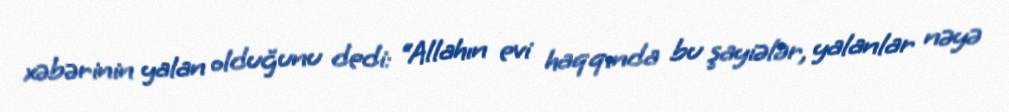
xəbərinin yalan olduğunu dedi: “Allahın evi haqqında bu şayiələr, yalanlar nəyə